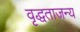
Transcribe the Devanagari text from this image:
वृद्धताजन्य